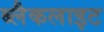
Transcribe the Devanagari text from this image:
ब्लैकलाइट